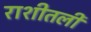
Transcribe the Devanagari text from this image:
राशीतली